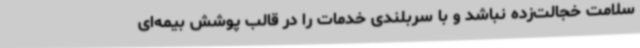
سلامت خجالت‌زده نباشد و با سربلندی خدمات را در قالب پوشش بیمه‌ای